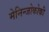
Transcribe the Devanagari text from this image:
मेनिन्जोकोकी